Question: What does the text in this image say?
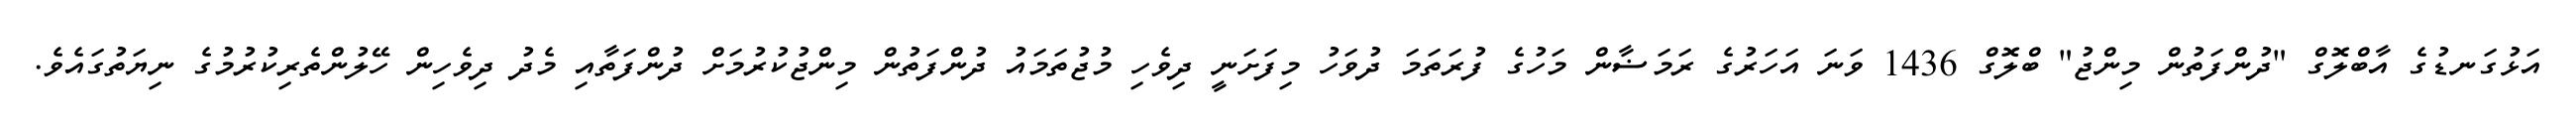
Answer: އަޅުގަނޑުގެ އާބްލޮގް "ދުންފަތުން މިންޖު" ބްލޮގް 1436 ވަނަ އަހަރުގެ ރަމަޟާން މަހުގެ ފުރަތަމަ ދުވަހު މިފަށަނީ ދިވެހި މުޖުތަމައު ދުންފަތުން މިންޖުކުރުމަށް ދުންފަތާއި މެދު ދިވެހިން ހޭލުންތެރިކުރުމުގެ ނިޔަތުގައެވެ.